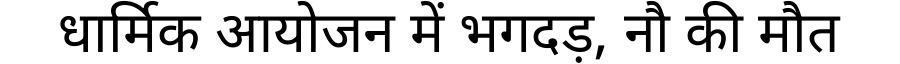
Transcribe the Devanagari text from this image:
धार्मिक आयोजन में भगदड़, नौ की मौत